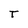
Character: T